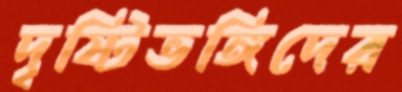
দৃষ্টিভঙ্গিদের